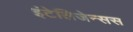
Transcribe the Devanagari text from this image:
इंटेलिजेन्सस